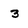
Character: 3